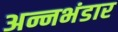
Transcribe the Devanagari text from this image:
अन्नभंडार